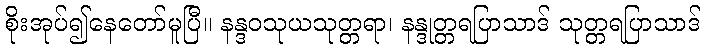
စိုးအုပ်၍နေတော်မူပြီ။ နန္ဒဝသုယသုတ္တရာ၊ နန္ဒုတ္တရပြာသာဒ် သုတ္တရပြာသာဒ်